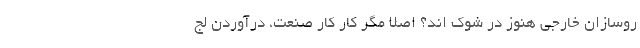
روسازان خارجی هنوز در شوک اند؟ اصلاً مگر کار کار صنعت، درآوردن لج